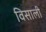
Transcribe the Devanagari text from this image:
विसाली